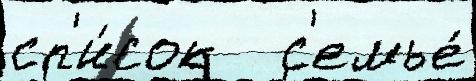
сп'и́сок   с'емье́